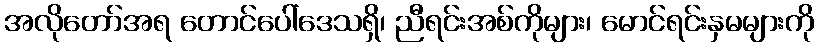
အလိုတော်အရ တောင်ပေါ်ဒေသရှိ၊ ညီရင်းအစ်ကိုများ၊ မောင်ရင်းနှမများကို